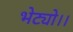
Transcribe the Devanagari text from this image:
भेट्यो।।